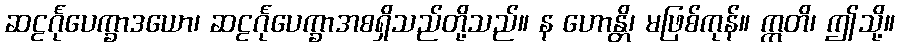
ဆဠင်္ဂုပေက္ခာဒယော၊ ဆဠင်္ဂုပေက္ခာအစရှိသည်တို့သည်။ န ဟောန္တိ၊ မဖြစ်ကုန်။ ဣတိ၊ ဤသို့။